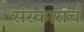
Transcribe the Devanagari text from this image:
संस्काराचं